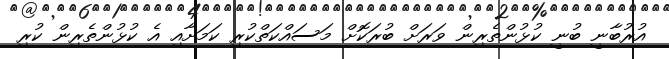
އުރުބާނީ ބުނީ ކުޅުންތެރިން ވަރަށް ބުރަކޮށް މަސައްކަތްކުރި ކަމަށާއި އެ ކުޅުންތެރިން ކުރި